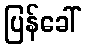
ပြန်ခေါ်